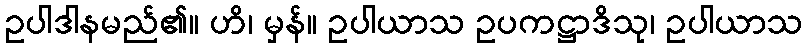
ဥပါဒါနမည်၏။ ဟိ၊ မှန်။ ဥပါယာသ ဥပကဋ္ဌာဒိသု၊ ဥပါယာသ